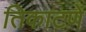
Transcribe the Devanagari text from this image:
तिकाटणे